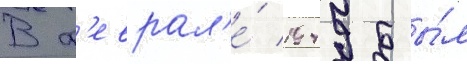
В ф'еврал'е́ 1949 бы́л